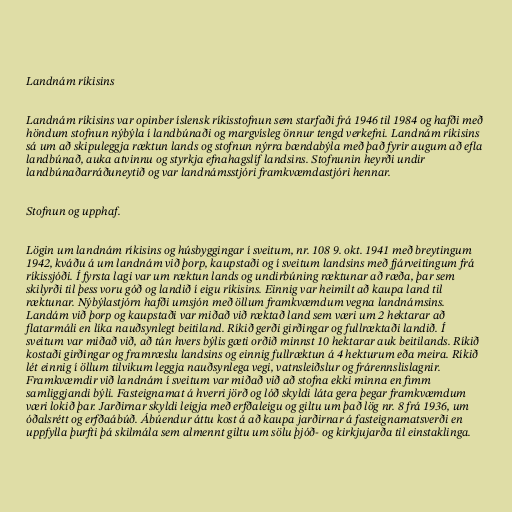
Landnám ríkisins

Landnám ríkisins var opinber íslensk ríkisstofnun sem starfaði frá 1946 til 1984 og hafði með
höndum stofnun nýbýla í landbúnaði og margvísleg önnur tengd verkefni. Landnám ríkisins
sá um að skipuleggja ræktun lands og stofnun nýrra bændabýla með það fyrir augum að efla
landbúnað, auka atvinnu og styrkja efnahagslíf landsins. Stofnunin heyrði undir
landbúnaðarráðuneytið og var landnámsstjóri framkvæmdastjóri hennar.

Stofnun og upphaf.

Lögin um landnám ríkisins og húsbyggingar í sveitum, nr. 108 9. okt. 1941 með breytingum
1942, kváðu á um landnám við þorp, kaupstaði og í sveitum landsins með fjárveitingum frá
ríkissjóði. Í fyrsta lagi var um ræktun lands og undirbúning ræktunar að ræða, þar sem
skilyrði til þess voru góð og landið í eigu ríkisins. Einnig var heimilt að kaupa land til
ræktunar. Nýbýlastjórn hafði umsjón með öllum framkvæmdum vegna landnámsins.
Landám við þorp og kaupstaði var miðað við ræktað land sem væri um 2 hektarar að
flatarmáli en líka nauðsynlegt beitiland. Ríkið gerði girðingar og fullræktaði landið. Í
sveitum var miðað við, að tún hvers býlis gæti orðið minnst 10 hektarar auk beitilands. Ríkið
kostaði girðingar og framræslu landsins og einnig fullræktun á 4 hekturum eða meira. Ríkið
lét einnig í öllum tilvikum leggja nauðsynlega vegi, vatnsleiðslur og frárennslislagnir.
Framkvæmdir við landnám í sveitum var miðað við að stofna ekki minna en fimm
samliggjandi býli. Fasteignamat á hverri jörð og lóð skyldi láta gera þegar framkvæmdum
væri lokið þar. Jarðirnar skyldi leigja með erfðaleigu og giltu um það lög nr. 8 frá 1936, um
óðalsrétt og erfðaábúð. Ábúendur áttu kost á að kaupa jarðirnar á fasteignamatsverði en
uppfylla þurfti þá skilmála sem almennt giltu um sölu þjóð- og kirkjujarða til einstaklinga.